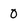
Character: 0